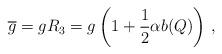
LaTeX: \begin{align*}\overline g = g R_3= g \left(1+{1\over 2} \alpha b(Q) \right)\,,\end{align*}